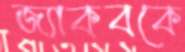
জ্যাকবকে